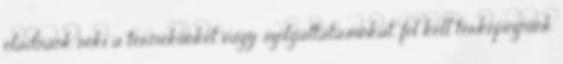
eladnánk neki a termékünket vagy szolgáltatásunkat, fel kell térképeznünk